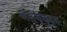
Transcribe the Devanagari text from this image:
अनफैक्ट्स